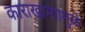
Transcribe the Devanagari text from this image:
काराखान्यामुळे